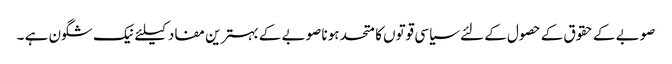
صوبے کے حقوق کے حصول کے لئے سیاسی قوتوں کا متحد ہونا صوبے کے بہترین مفاد کیلئے نیک شگون ہے ۔